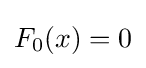
F_{0}(x)=0